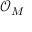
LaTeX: { \mathcal { O } } _ { M }